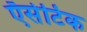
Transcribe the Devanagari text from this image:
ऍसेटिक